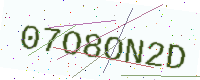
Text: 07O8ON2D